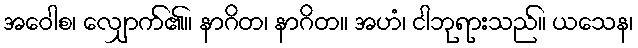
အဝေါစ၊ လျှောက်၏။ နာဂိတ၊ နာဂိတ။ အဟံ၊ ငါဘုရားသည်။ ယသေန၊